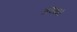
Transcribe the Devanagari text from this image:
अवश्य।